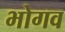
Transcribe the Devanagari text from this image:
भोगव